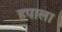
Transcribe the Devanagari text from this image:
हपाला